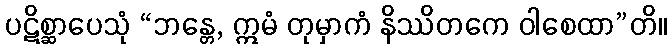
ပဋိစ္ဆာပေသုံ “ဘန္တေ, ဣမံ တုမှာကံ နိဿိတကေ ဝါစေထာ”တိ။